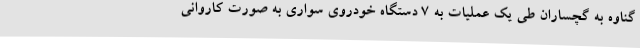
گناوه به گچساران طی یک عملیات به 7 دستگاه خودروی سواری به صورت کاروانی